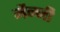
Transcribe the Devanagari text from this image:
मैन्नी